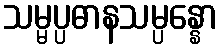
သမ္မပ္ပဓာနသမ္ပန္နော